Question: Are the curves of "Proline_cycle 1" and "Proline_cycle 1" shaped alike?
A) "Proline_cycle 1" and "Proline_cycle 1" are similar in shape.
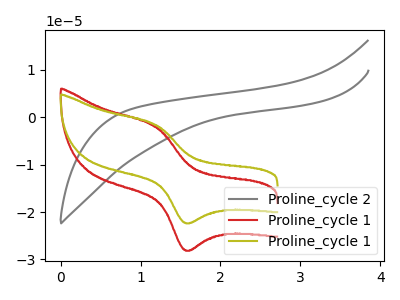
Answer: <think>The gray curve "Proline_cycle 2" has no peaks. The red curve "Proline_cycle 1" has an anodic peak at (1.20V, -2.05uA) and a cathodic peak at (1.55V, -28.05uA). The olive curve "Proline_cycle 1" has an anodic peak at (1.20V, -1.65uA) and a cathodic peak at (1.55V, -22.30uA).
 All the peaks in "Proline_cycle 1" have a peak in "Proline_cycle 1" at the same potential.</think>
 <answer>A) "Proline_cycle 1" and "Proline_cycle 1" are similar in shape.</answer>
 <eval>A</eval>